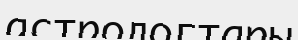
астрологтары